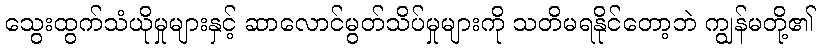
သွေးထွက်သံယိုမှုများနှင့် ဆာလောင်မွတ်သိပ်မှုများကို သတိမရနိုင်တော့ဘဲ ကျွန်မတို့၏